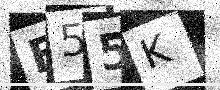
Text: F55K